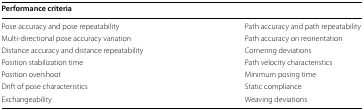
| <COLSPAN=2> Performance criteria |
 | --- | --- |
 | Pose accuracy and pose repeatability | Path accuracy and path repeatability |
 | Multi-directional pose accuracy variation | Path accuracy on reorientation |
 | Distance accuracy and distance repeatability | Cornering deviations |
 | Position stabilization time | Path velocity characteristics |
 | Position overshoot | Minimum posing time |
 | Drift of pose characteristics | Static compliance |
 | Exchangeability | Weaving deviations |